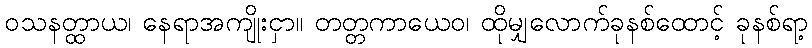
ဝသနတ္ထာယ၊ နေရာအကျိုးငှာ။ တတ္တကာယေဝ၊ ထိုမျှလောက်ခုနစ်ထောင့် ခုနစ်ရာ့